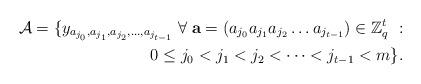
LaTeX: \begin{align*}\mathcal{A} = \{ y_{a_{j_0}, a_{j_1}, a_{j_2},\dots,a_{j_{t-1}}}\; \forall\; \textbf{a} = (a_{j_0} a_{j_1} a_{j_2} \dots a_{j_{t-1}}) \in \mathbb{Z}_q^t\ :\\ 0 \leq j_0<j_1<j_2< \dots <j_{t-1}<m \}.\end{align*}